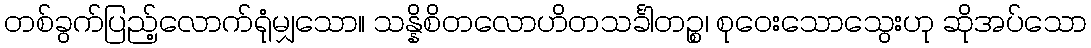
တစ်ခွက်ပြည့်လောက်ရုံမျှသော။ သန္နိစိတလောဟိတသင်္ခါတဉ္စ၊ စုဝေးသောသွေးဟု ဆိုအပ်သော